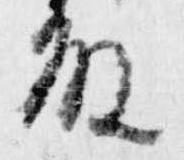
殿